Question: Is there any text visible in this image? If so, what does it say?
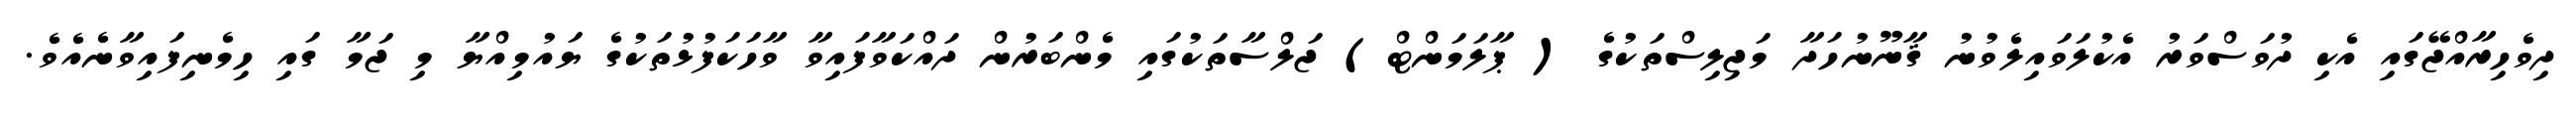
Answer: ދިވެހިރާއްޖޭގައި އެކި ދުވަސްވަރު އެކުލަވައިލެވުނު ޤާނޫނުހަދާ މަޖިލިސްތަކުގެ ( ޕާލަމަންޓް) ޖަލްސާތަކުގައި މެންބަރުން ދައްކަވާފައިވާ ވާހަކަފުޅުތަކުގެ ޔައުމިއްޔާ މި ޖަމާ ގައި ހިމެނިފައިވާނެއެވެ.